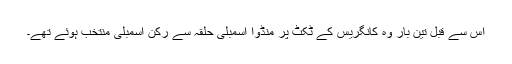
اس سے قبل تین بار وہ کانگریس کے ٹکٹ پر منڈوا اسمبلی حلقہ سے رکن اسمبلی منتخب ہوئے تھے۔